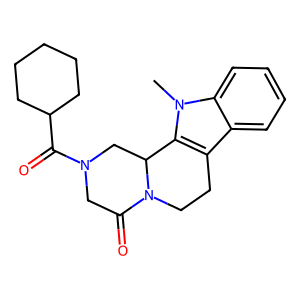
SMILES: Cn1c2c(c3ccccc31)CCN1C(=O)CN(C(=O)C3CCCCC3)CC21
Inhibits HIV replication: No